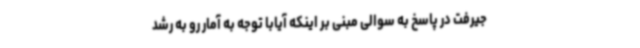
جیرفت در پاسخ به سوالی مبنی بر اینکه آیابا توجه به آمار رو به رشد